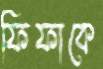
ফিফাকে